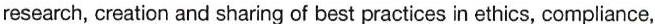
research, creation and sharing of best practices in ethics, compliance,